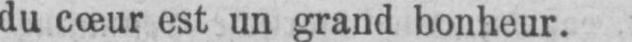
du cœur est un grand bonheur.